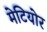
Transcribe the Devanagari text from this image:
मेटियोर